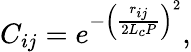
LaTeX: C_{ij}=e^{-\left(\frac{r_{ij}}{2L_{c}P}\right)^{2}},